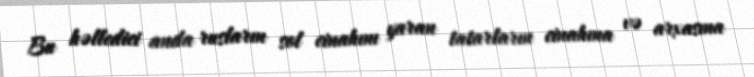
Bu həlledici anda rusların sol cinahını yaran tatarların cinahına və arxasına